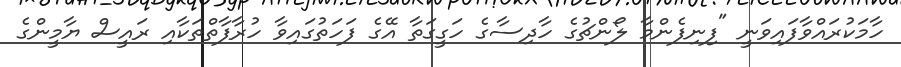
ހާމަކުރައްވާފައިވަނީ "ފިނިފެންމާ ލޯންޗުގެ ހާދިސާގެ ހަގީގަތާ އޭގެ ފަހަތުގައިވާ ހުރާފާތްތަކާއި ރައީސް ޔާމީންގެ